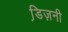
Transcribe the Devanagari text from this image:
डि़ज़नी